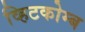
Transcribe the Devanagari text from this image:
व्हिटकोम्ब